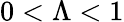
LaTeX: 0<\Lambda<1